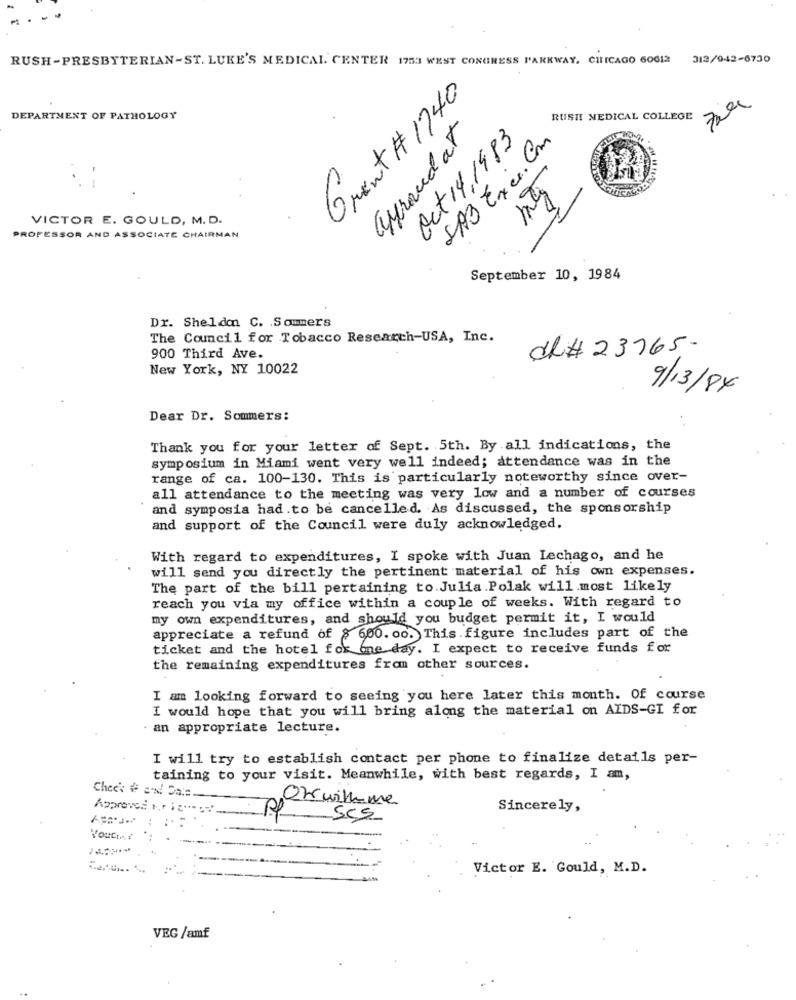
RUSH-PRESBYTERIAN-ST. LUKE'S MEDICAL CENTER 1753 WEST CONGRESS PARKWAY, CIFICAGO 60612
312/942-6730
Grant # 1740
DEPARTMENT OF PATHOLOGY
RUSH MEDICAL COLLEGE
ayerand at
Oct 14,1983
SAB Exer. Com
VICTOR E. GOULD, M. D.
PROFESSOR AND ASSOCIATE CHAIRMAN
September 10, 1984
Dr. Sheldon C. Sommers
The Council for Tobacco Research-USA, Inc.
d# 23765-
900 Third Ave.
New York, NY 10022
9/13/84
Dear Dr. Sommers:
Thank you for your letter of Sept. 5th. By all indications, the
symposium in Miami went very well indeed; attendance was in the
range of ca. 100-130. This is particularly noteworthy since over-
all attendance to the meeting was very low and a number of courses
and symposia had.to be cancelled. As discussed, the sponsorship
and support of the Council were duly acknowledged.
With regard to expenditures, I spoke with Juan Lechago, and he
will send you directly the pertinent material of his own expenses.
The part of the bill pertaining to Julia.Polak will.most likely
reach you via my office within a couple of weeks. With regard to
my own expenditures, and should you budget permit it, I would
appreciate a refund of $ 600. 00. This figure includes part of the
ticket and the hotel for one day. I expect to receive funds for
the remaining expenditures from other sources.
I am looking forward to seeing you here later this month. Of course
I would hope that you will bring along the material on AIDS-GI for
· an appropriate lecture.
I will try to establish contact per phone to finalize details per-
taining to your visit. Meanwhile, with best regards, I am,
Chee' # end Date.
Onwithme
Approved 1.ric"- 37'
Sincerely,
pp 5CS
Your
Victor E. Gould, M.D.
VEG /amf